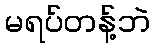
မရပ်တန့်ဘဲ